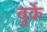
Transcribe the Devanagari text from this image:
बुर्क़े